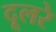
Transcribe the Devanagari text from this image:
दूलरे